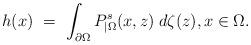
LaTeX: \begin{align*}h(x)\ =\ \int_{\partial\Omega} P^s_{|\Omega}(x,z)\;d\zeta(z),x\in\Omega.\end{align*}